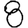
Digit: 8